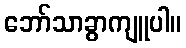
ဘော်သာခွာကျူပါ။